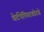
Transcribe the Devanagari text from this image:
वेर्टपेपियरबोरसे